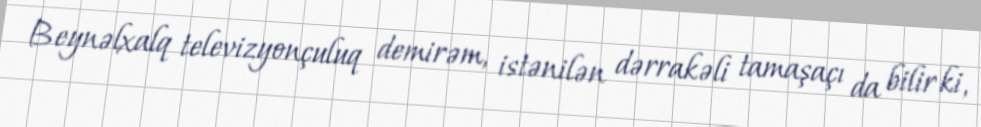
Beynəlxalq televizyonçuluq demirəm, istənilən dərrakəli tamaşaçı da bilir ki,